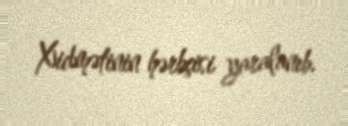
Xidmətinin hərbçisi yaralanıb.